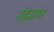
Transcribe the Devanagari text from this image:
संबद्धरोग